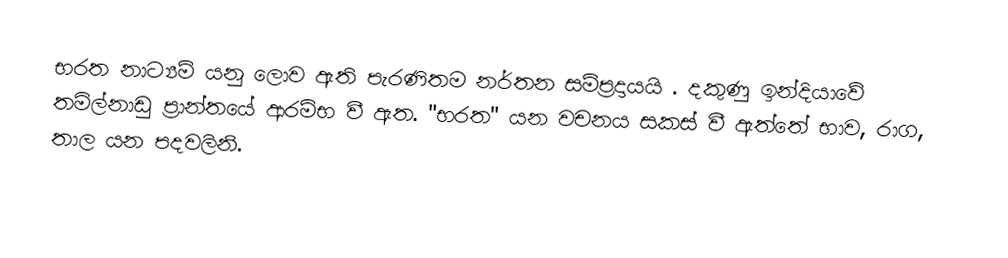
භරත නාට්‍යම් යනු ලොව ඇති පැරණිතම නර්තන සම්ප්‍රදායයි . දකුණු ඉන්දියාවේ තමිල්නාඩු ප්‍රාන්තයේ ආරම්භ වී ඇත. "භරත"  යන වචනය සකස් වී ඇත්තේ භාව, රාග, තාල  යන පදවලිනි.